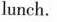
lunch.